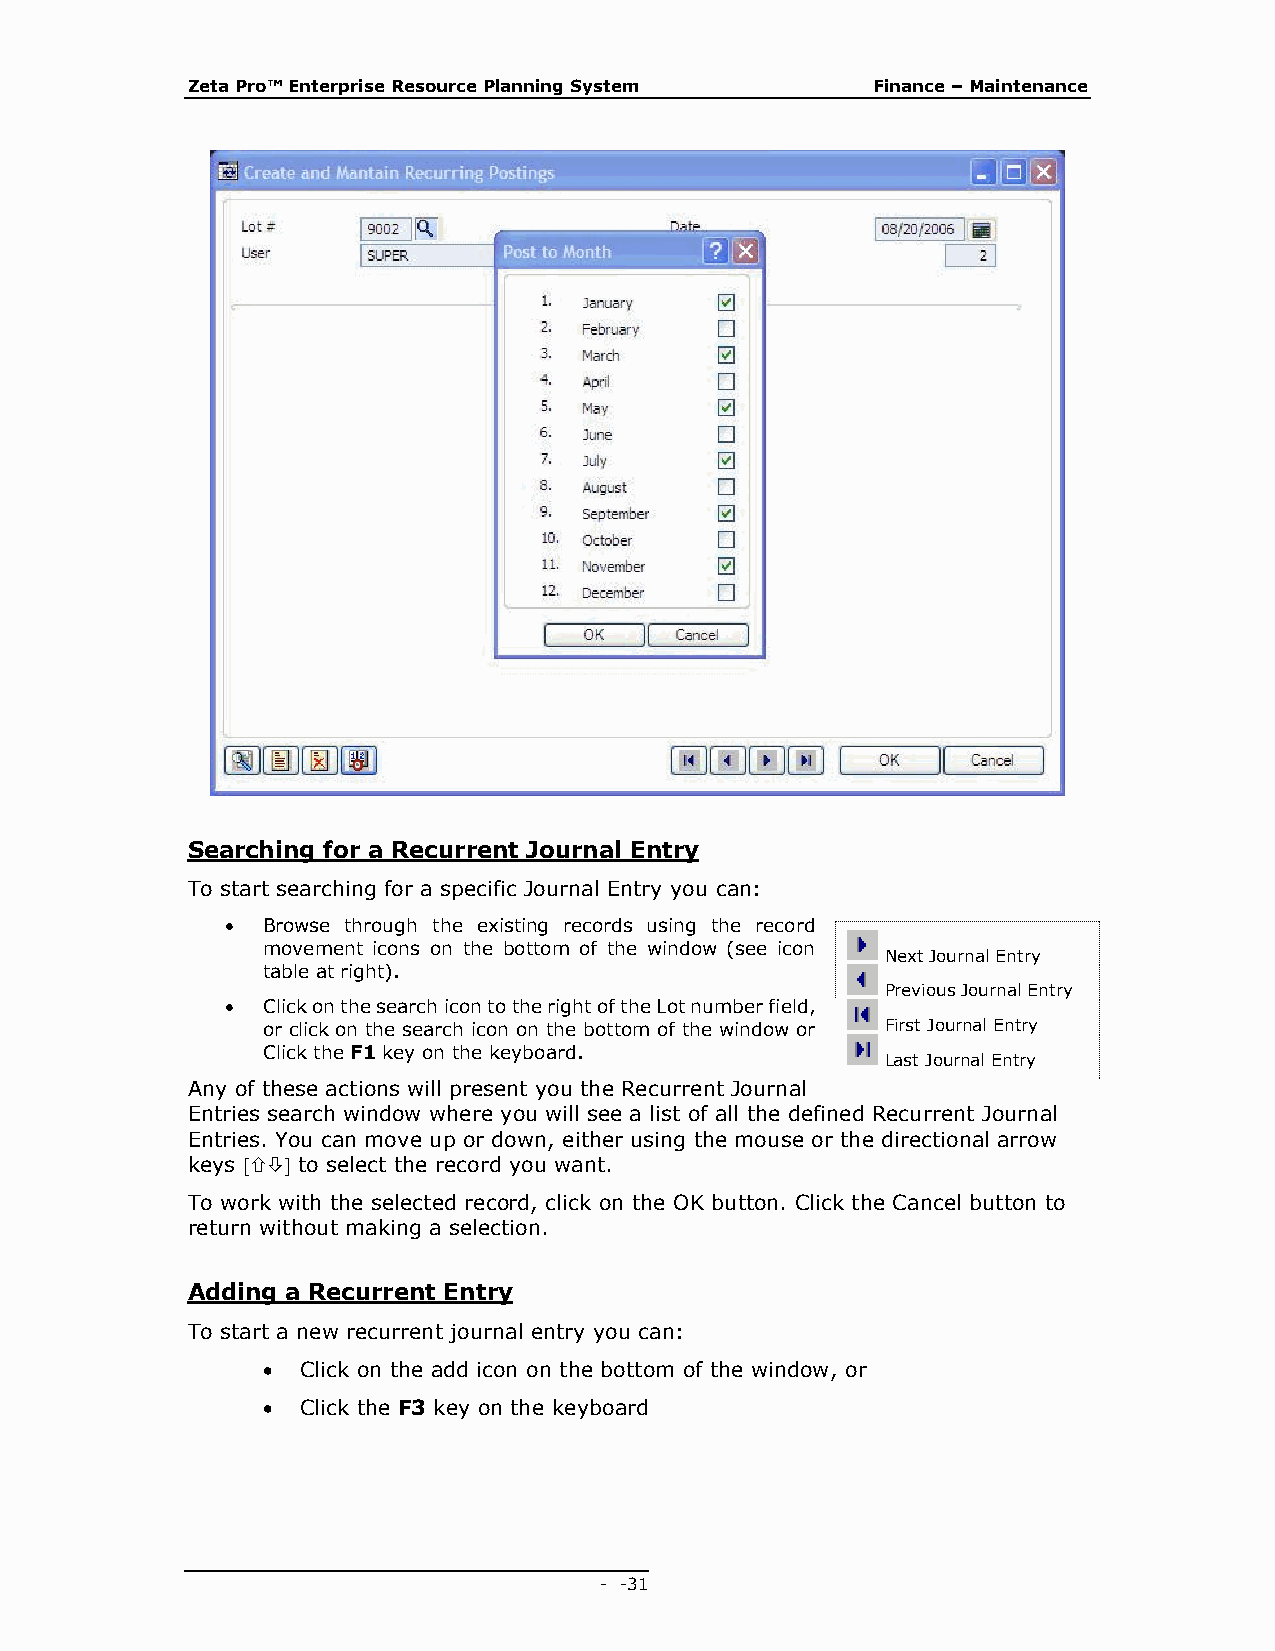
Zeta Pro™ Enterprise Resource Planning System Finance – Maintenance
 Searching for a Recurrent Journal Entry
 To start searching for a specific Journal Entry you can:
  Browse through the existing records using the record
 movement icons on the bottom of the window (see icon
 Next Journal Entry
 table at right).
 Previous Journal Entry
  Click on the search icon to the right of the Lot number field,
 or click on the search icon on the bottom of the window or First Journal Entry
 Click the F1 key on the keyboard.
 Last Journal Entry
 Any of these actions will present you the Recurrent Journal
 Entries search window where you will see a list of all the defined Recurrent Journal
 Entries. You can move up or down, either using the mouse or the directional arrow
 keys  to select the record you want.
 To work with the selected record, click on the OK button. Click the Cancel button to
 return without making a selection.
 Adding a Recurrent Entry
 To start a new recurrent journal entry you can:
   Click on the add icon on the bottom of the window, or
   Click the F3 key on the keyboard
 - - 31